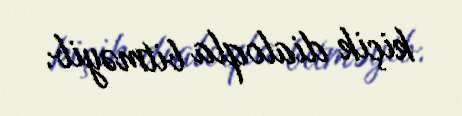
kiçik dialoqla bitməyib.